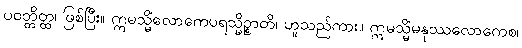
ပဝတ္တိတ္ထ၊ ဖြစ်ပြီး။ ဣမသ္မိံလောကေပရသ္မိဉ္စာတိ၊ ဟူသည်ကား။ ဣမသ္မိံမနုဿလောကေစ၊